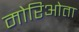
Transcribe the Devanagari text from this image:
मोरिओता